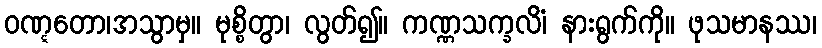
ဝဏ္ဋတော၊အသွာမှ။ မုစ္စိတွာ၊ လွတ်၍။ ကဏ္ဏသက္ခလိံ၊ နားရွက်ကို။ ဖုသမာနဿ၊